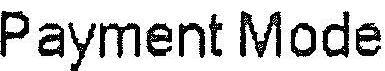
PAYMENT MODE